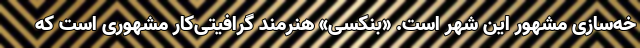
خه‌سازی مشهور این شهر است. «بنکسی» هنرمند گرافیتی‌کار مشهوری است که